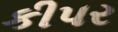
કીપર